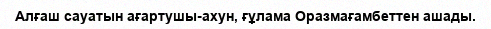
Алғаш сауатын ағартушы-ахун, ғұлама Оразмағамбеттен ашады.